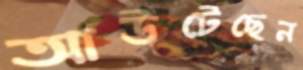
আউটেছেন